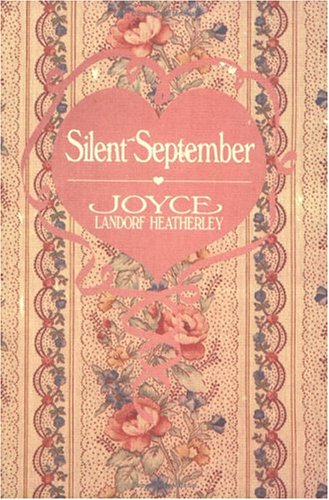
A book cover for Silent September; Joyce Landorf Heatherley; Medical Books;